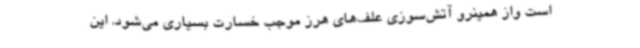
است واز همینرو آتش‌سوزی علف‌های هرز موجب خسارت بسیاری می‌شود. این